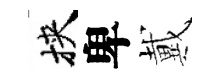
挾卑戴